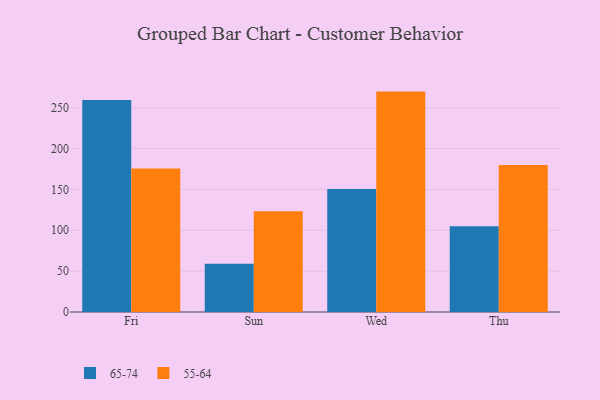
{"axis": {"x": "Day", "y": "Population (Million)"}, "legend": ["55-64", "65-74"], "data": [{"x": "Fri", "y": 259.3, "type": "65-74"}, {"x": "Fri", "y": 175.7, "type": "55-64"}, {"x": "Sun", "y": 59.1, "type": "65-74"}, {"x": "Sun", "y": 123.3, "type": "55-64"}, {"x": "Wed", "y": 150.6, "type": "65-74"}, {"x": "Wed", "y": 269.7, "type": "55-64"}, {"x": "Thu", "y": 104.8, "type": "65-74"}, {"x": "Thu", "y": 180.0, "type": "55-64"}]}